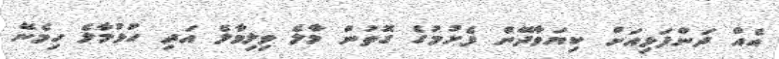
އެއް ދަންފަޅިއަށް ކިޔަވާދޭން ފެށުމުގެ ގޮތުން މާލެ ވިލިމާލެ އަދި ހުޅުމާލެ ހިމެނޭ